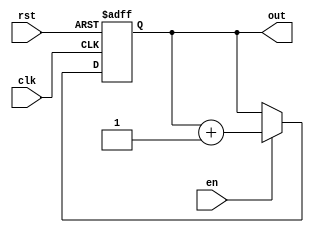
module counter
(
    input               clk,
    input               en,
    input               rst,
    output reg [3:0]    out
);

always @ (posedge clk or posedge rst)
    if (rst) begin
        out <= 4'h0;
    end
    else if (en)
    begin
        out <= out + 1;
    end
endmodule